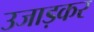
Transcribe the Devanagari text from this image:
उजाड़कर